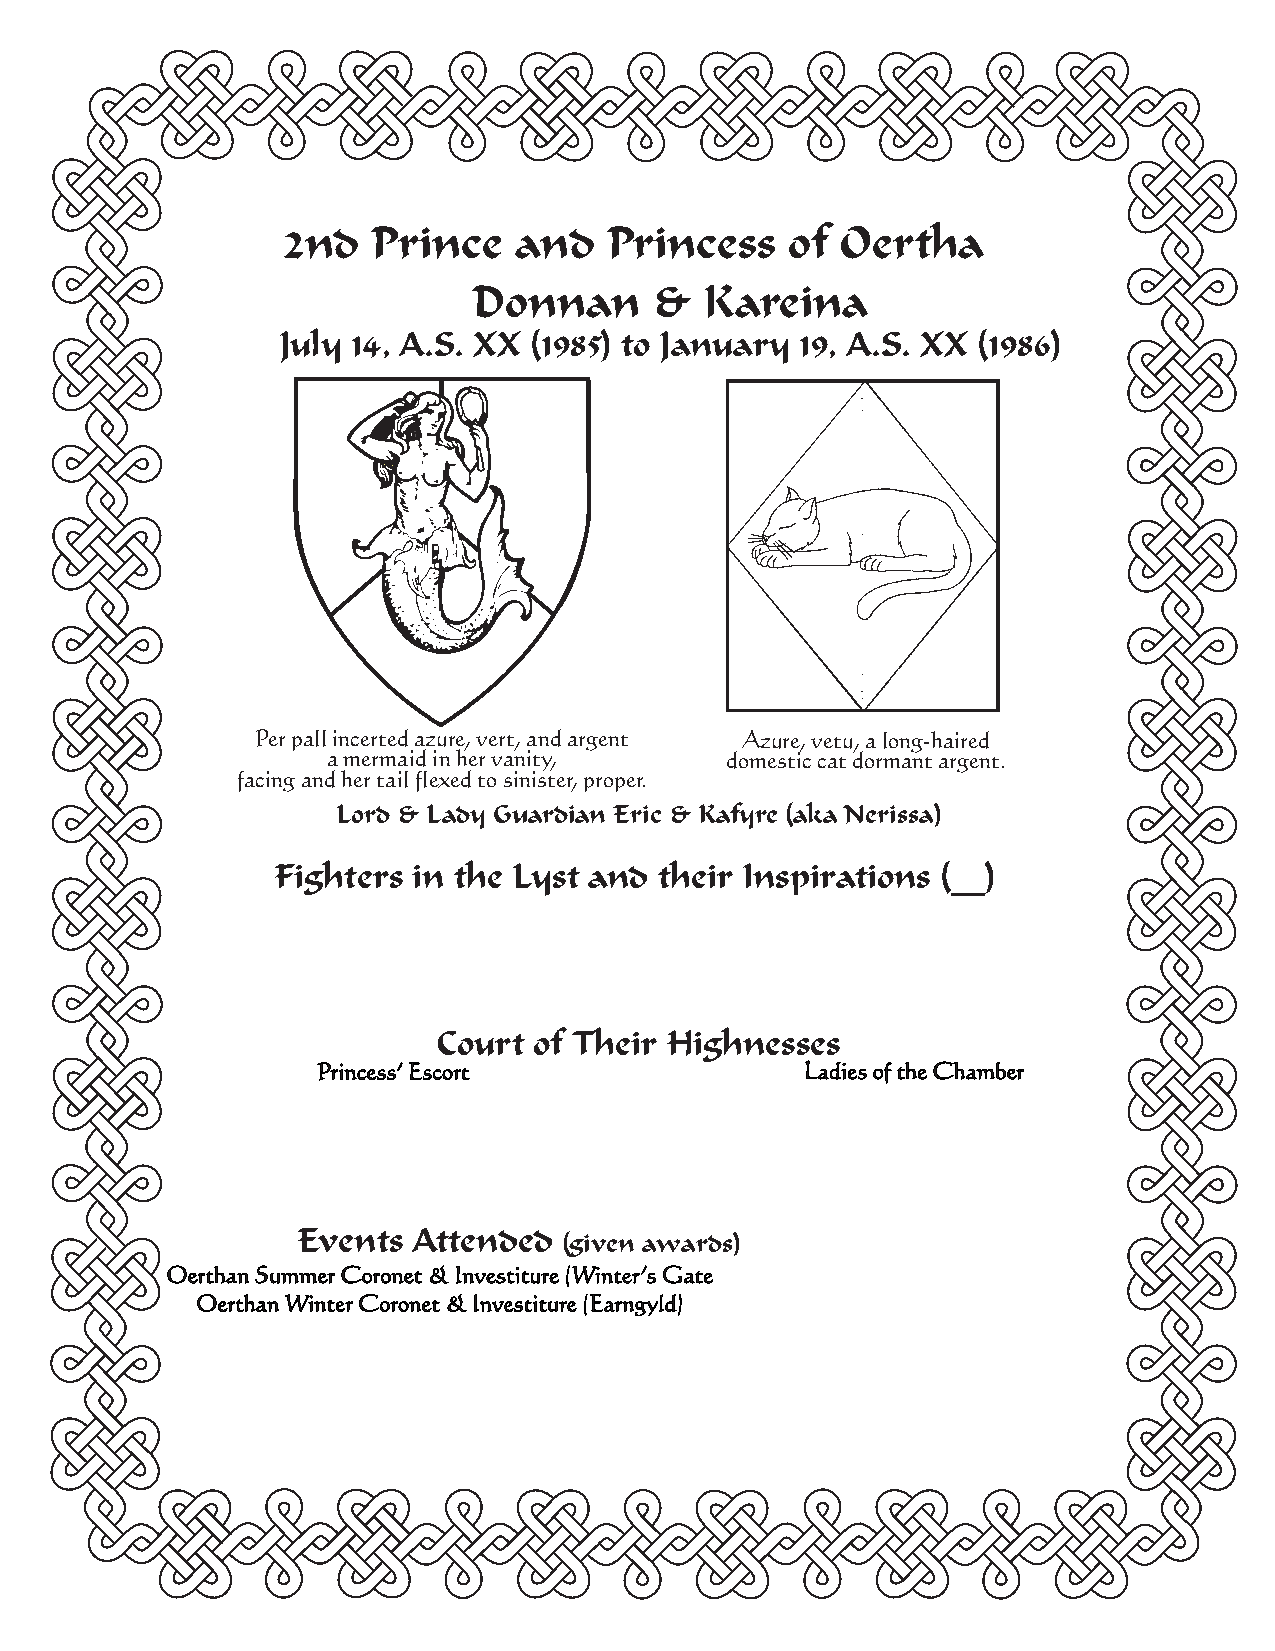
2nd   Prince   and   Princess    of  Oertha
 Donnan      &   Kareina
 July 14, A.S. XX (1985) to January 19, A.S. XX (1986)
 Per pall incerted azure, vert, and argent Azure, vetu, a long-haired
 a mermaid in her vanity,  domestic cat dormant argent.
 facing and her tail flexed to sinister, proper.
 Lord & Lady Guardian Eric & Kafyre (aka Nerissa)
 Fighters in the Lyst and  their Inspirations (__)
 Court of Their Highnesses
 Princess’ Escort                Ladies of the Chamber
 Events Attended
 (given awards)
 Oerthan Summer Coronet & Investiture (Winter’s Gate
 Oerthan Winter Coronet & Investiture (Earngyld)